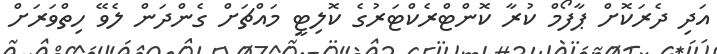
އަދި ދެރަކޮށް ޕާފޯމް ކުރާ ކޮންޓްރެކްޓަރުގެ ކޮލިޓީ މައްޗަށް ގެންދަން ލެވޭ ހިތްވަރަށް